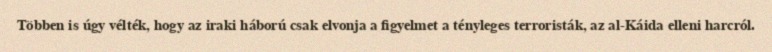
Többen is úgy vélték, hogy az iraki háború csak elvonja a figyelmet a tényleges terroristák, az al-Káida elleni harcról.